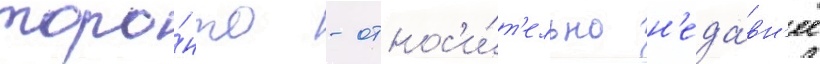
торо́нто - относ'и́т'ельно н'еда́вн'ее